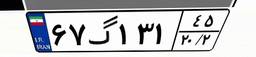
۶۷گ۱۳۱۴۵